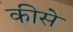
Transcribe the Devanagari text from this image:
कीसे